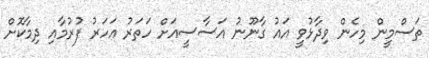
ތަސްމީން މިހެން ވިދާޅުވީ އައު ގާނޫނު އަސާސީއަށް ހަތަރު އަހަރު ފުރުމާއި ދިމާކޮށް